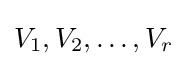
V_{1},V_{2},\dots ,V_{r}